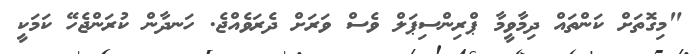
"މިގޮތަށް ކަންތައް ދިމާވީމާ ޕްރިންސިޕަލް ވެސް ވަރަށް ދެރަވެއްޖެ. ހަނދާން ކުރަންޖެހޭ ކަމަކީ